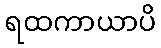
ရထကာယာပိ